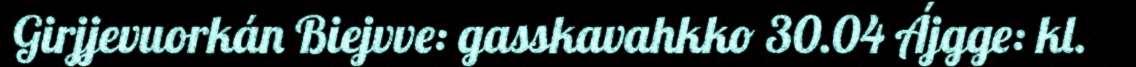
Girjjevuorkán Biejvve: gasskavahkko 30.04 Ájgge: kl.